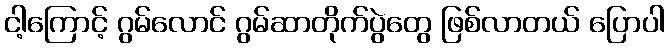
ငါ့ကြောင့် ဂွမ်လောင် ဂွမ်ဆာတိုက်ပွဲတွေ ဖြစ်လာတယ် ပြောပါ